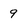
Character: 9